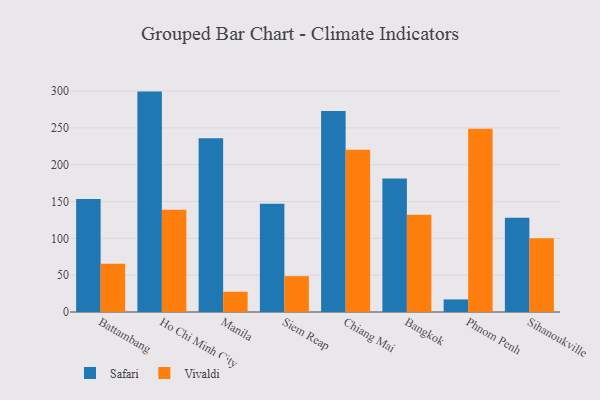
{"axis": {"x": "City", "y": "Waste Production (Tons)"}, "legend": ["Safari", "Vivaldi"], "data": [{"x": "Battambang", "y": 153.6, "type": "Safari"}, {"x": "Battambang", "y": 65.5, "type": "Vivaldi"}, {"x": "Ho Chi Minh City", "y": 299.3, "type": "Safari"}, {"x": "Ho Chi Minh City", "y": 138.9, "type": "Vivaldi"}, {"x": "Manila", "y": 236.0, "type": "Safari"}, {"x": "Manila", "y": 27.5, "type": "Vivaldi"}, {"x": "Siem Reap", "y": 146.9, "type": "Safari"}, {"x": "Siem Reap", "y": 48.7, "type": "Vivaldi"}, {"x": "Chiang Mai", "y": 272.8, "type": "Safari"}, {"x": "Chiang Mai", "y": 220.4, "type": "Vivaldi"}, {"x": "Bangkok", "y": 181.2, "type": "Safari"}, {"x": "Bangkok", "y": 132.0, "type": "Vivaldi"}, {"x": "Phnom Penh", "y": 17.1, "type": "Safari"}, {"x": "Phnom Penh", "y": 248.8, "type": "Vivaldi"}, {"x": "Sihanoukville", "y": 128.0, "type": "Safari"}, {"x": "Sihanoukville", "y": 100.3, "type": "Vivaldi"}]}